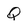
Character: Q